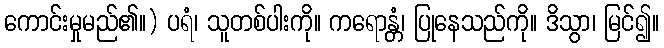
ကောင်းမှုမည်၏။) ပရံ၊ သူတစ်ပါးကို။ ကရောန္တံ၊ ပြုနေသည်ကို။ ဒိသွာ၊ မြင်၍။